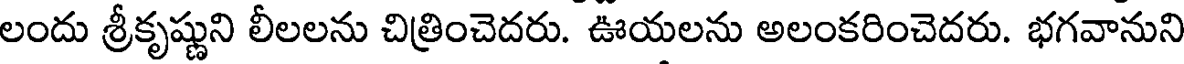
లందు శ్రీకృష్ణుని లీలలను చిత్రించెదరు. ఊయలను అలంకరించెదరు. భగవానుని